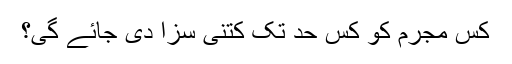
کس مجرم کو کس حد تک کتنی سزا دی جائے گی؟